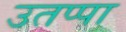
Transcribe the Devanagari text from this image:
उतप्पा